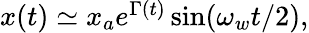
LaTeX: \begin{array}{r}{x(t)\simeq x_{a}e^{\Gamma(t)}\sin(\omega_{w}t/2)\mathrm{,}}\end{array}